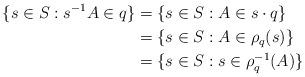
LaTeX: \begin{align*} \{s\in S:s^{-1}A\in q\} &=\{s\in S:A\in s\cdot q\} \\&= \{s\in S:A\in \rho_q(s)\}\\&=\{s\in S:s\in \rho_q^{-1}(A)\}\\\end{align*}